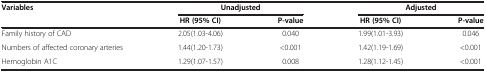
| <ROWSPAN=2> Variables | <COLSPAN=2> Unadjusted | <COLSPAN=2> Adjusted |
 | HR (95% CI) | P-value | HR (95% CI) | P-value |
 | --- | --- | --- | --- | --- |
 | Family history of CAD | 2.05(1.03-4.06) | 0.040 | 1.99(1.01-3.93) | 0.046 |
 | Numbers of affected coronary arteries | 1.44(1.20-1.73) | <0.001 | 1.42(1.19-1.69) | <0.001 |
 | Hemoglobin A1C | 1.29(1.07-1.57) | 0.008 | 1.28(1.12-1.45) | <0.001 |